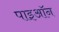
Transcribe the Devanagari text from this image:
पाइऑन